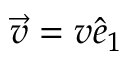
\Vec { v } = v \hat { e } _ { 1 }